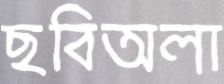
ছবিঅলা